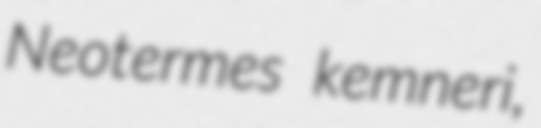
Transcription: Neotermes kemneri,